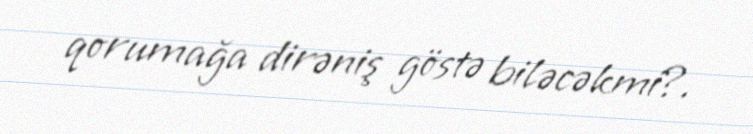
qorumağa dirəniş göstə biləcəkmi?.